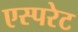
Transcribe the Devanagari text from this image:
एस्परेट